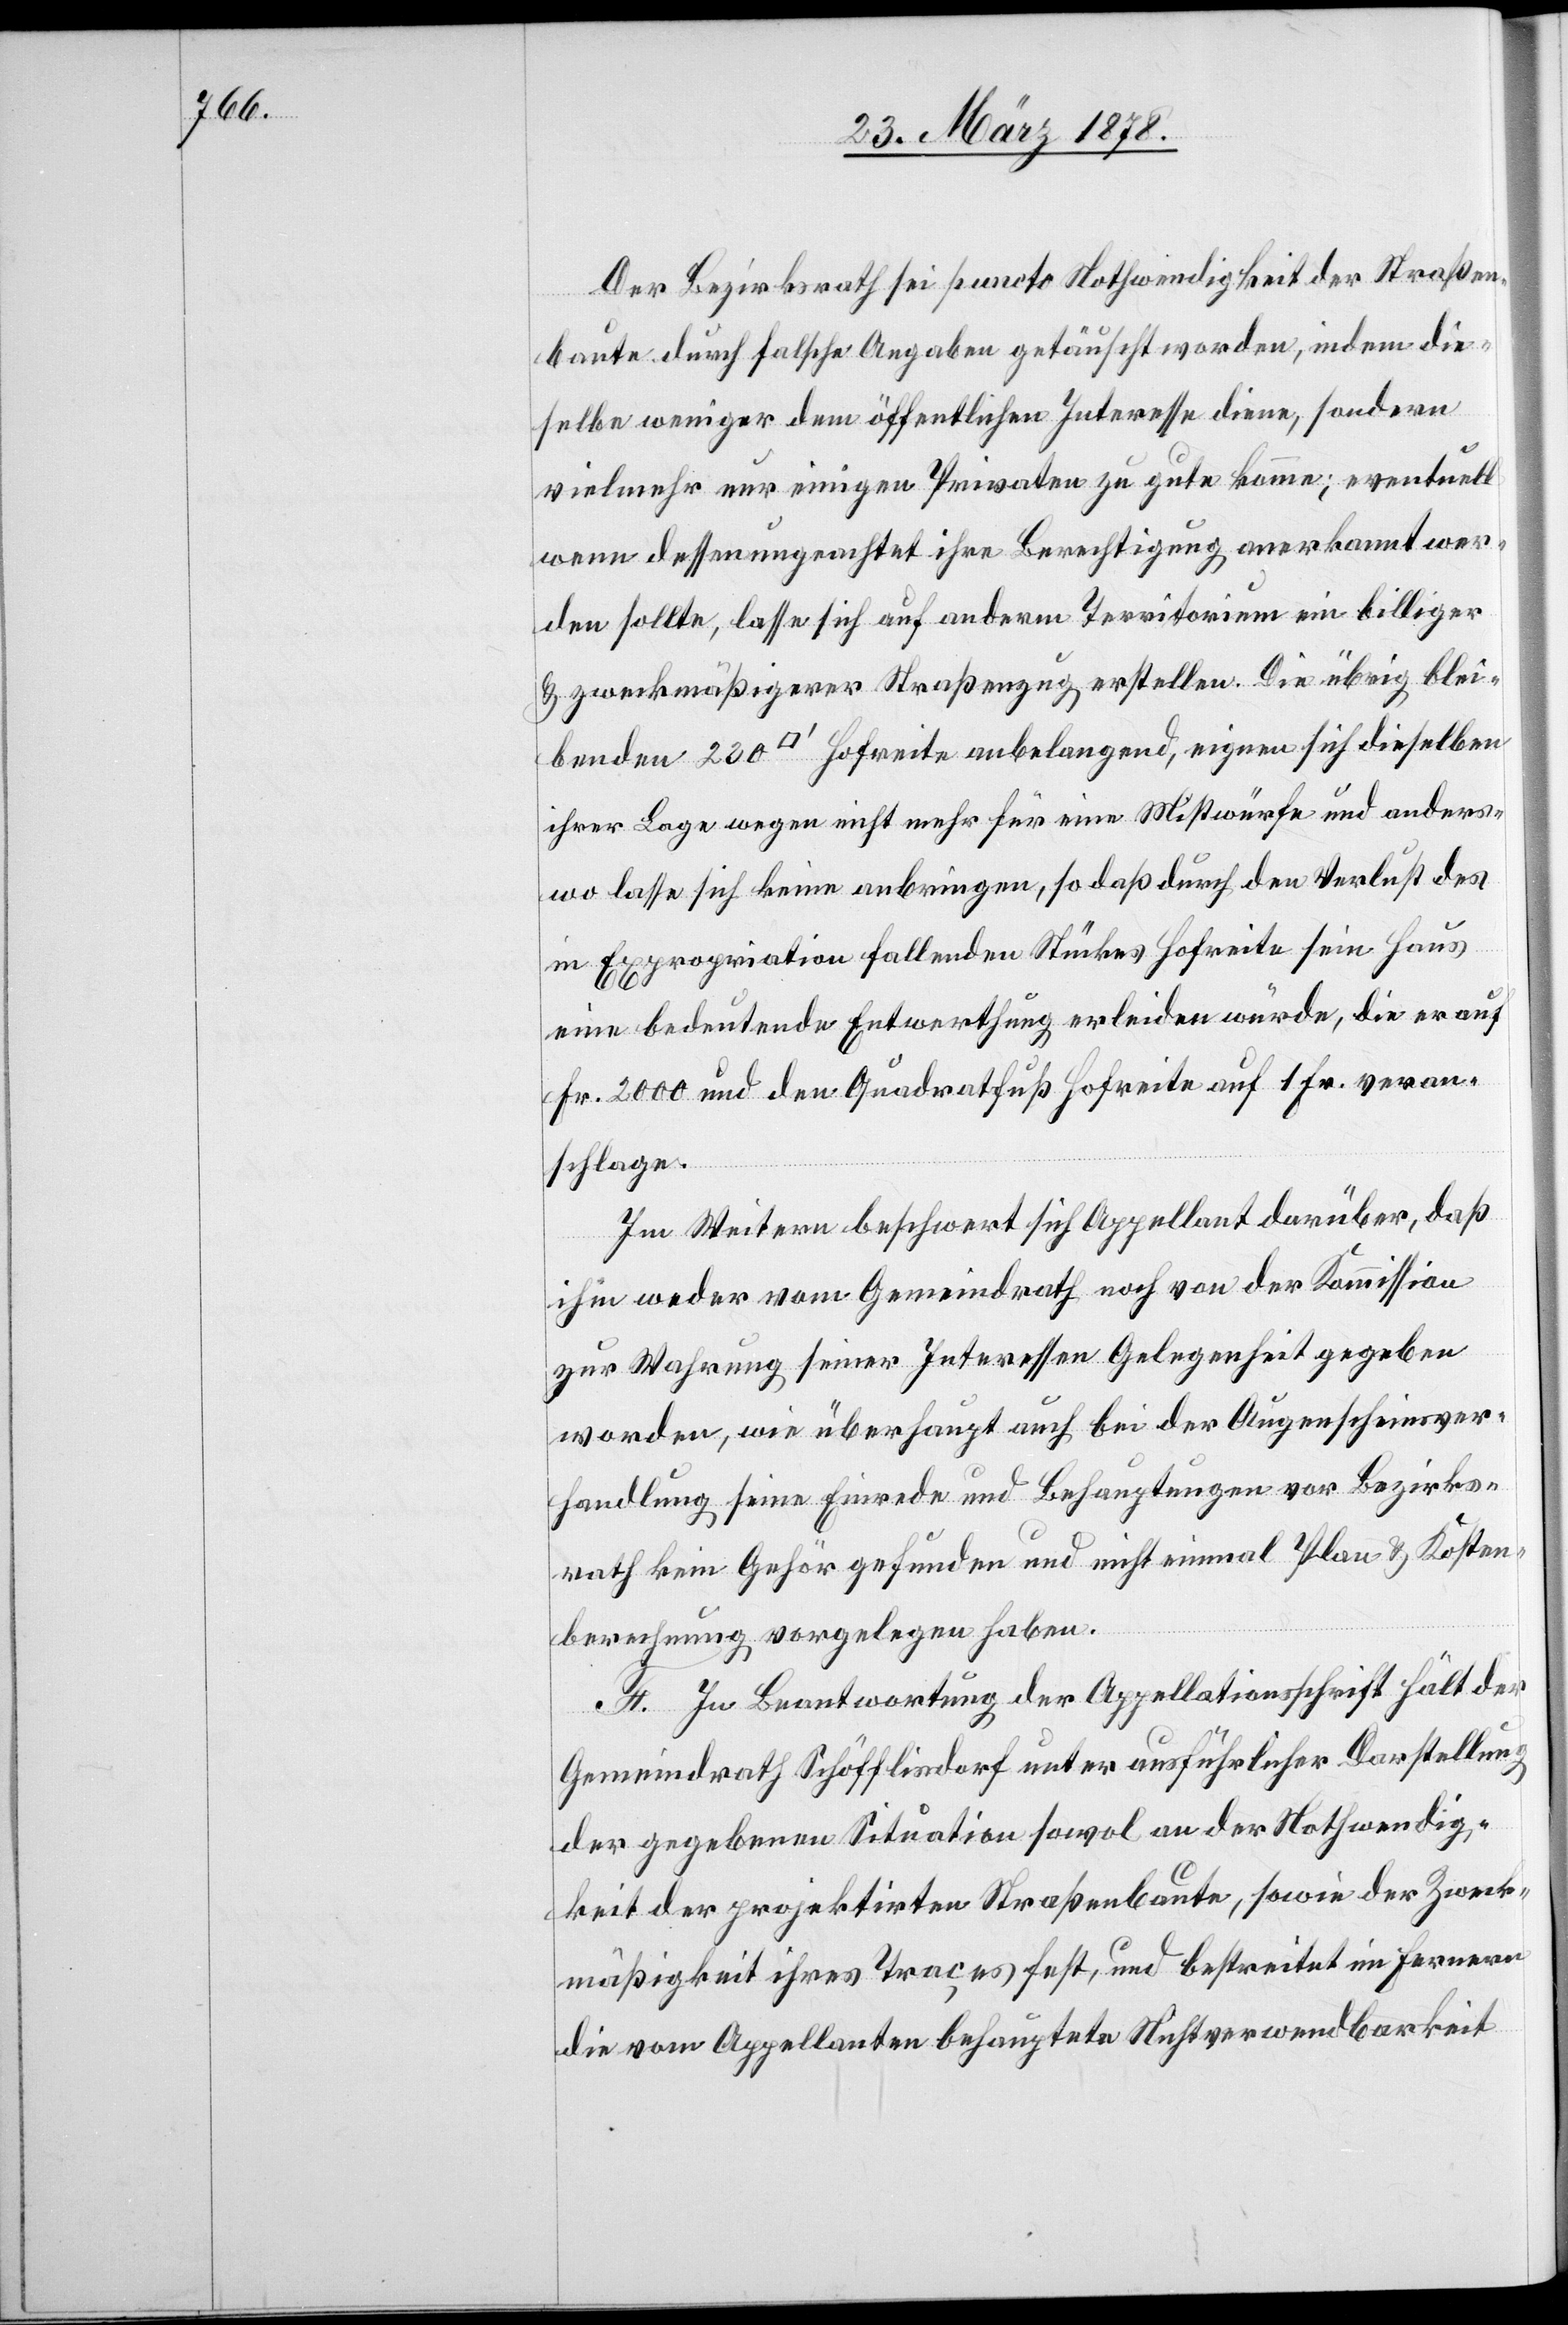
Der Bezirksrath sei puncto Nothwendigkeit der Straßen¬
baute durch falsche Angaben getäuscht worden, indem die¬
selbe weniger dem öffentlichen Interesse diene, sondern
vielmehr nur einigen Privaten zu gute komme; eventuell
wenn dessen ungeachtet ihre Berechtigung anerkannt wer¬
den sollte, lasse sich auf anderm Territorium ein billiger
& zweckmäßigerer Straßenzug erstellen. Die übrig blei¬
benden 230 [Quadratfuß] Hofreite anbelangend, eignen sich dieselben
ihrer Lage wegen nicht mehr für eine Mistwürfe und anders¬
wo lasse sich keine anbringen, so daß durch den Verlust des
in Expropriation fallenden Stückes Hofreite sein Haus
eine bedeutende Entwerthung erleiden würde, die er auf
Fr. 2000 und den Quadratfuß Hofreite auf 1 Fr. veran¬
schlage.
Im Weitern beschwert sich Appellant darüber, das
ihm weder vom Gemeindrath noch von der Kommission
zur Wahrung seiner Interessen Gelegenheit gegeben
worden, wie überhaupt auch bei der Augenscheinver¬
handlung seine Einrede und Behauptungen vor Bezirks¬
rath kein Gehör gefunden und nicht einmal Plan & Kosten¬
berechnung vorgelegen haben.
F. In Beantwortung der Appellationsschrift hält der
Gemeindrath Schöfflisdorf unter ausführlicher Darstellung
der gegebenen Situation sowol an der Nothwendig¬
keit der projektirten Straßenbaute, sowie der Zweck¬
mäßigkeit ihres Traces fest, und bestreitet im Fernern
die vom Appellanten behauptete Nichtverwendbarkeit